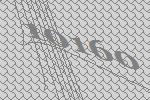
10160